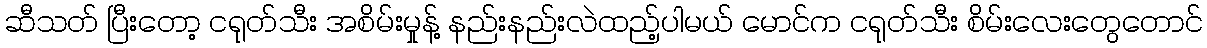
ဆီသတ် ပြီးတော့ ငရုတ်သီး အစိမ်းမှုန့် နည်းနည်းလဲထည့်ပါမယ် မောင်က ငရုတ်သီး စိမ်းလေးတွေတောင်